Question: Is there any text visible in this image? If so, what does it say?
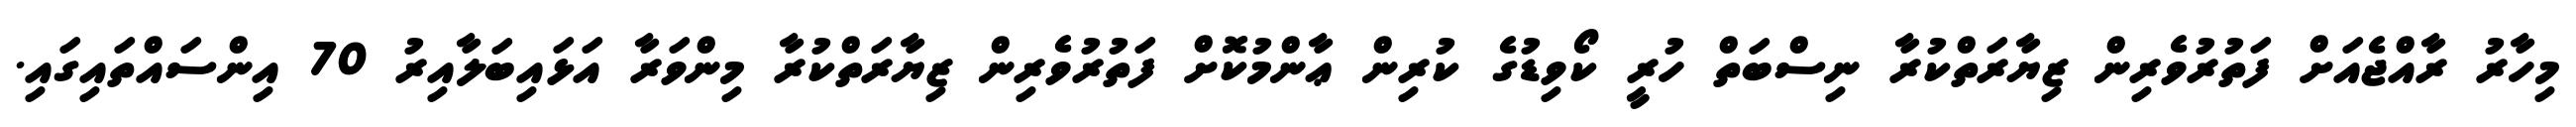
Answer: މިހާރު ރާއްޖެއަށް ފަތުރުވެރިން ޒިޔާރަތްކުރާ ނިސްބަތް ހުރީ ކޯވިޑުގެ ކުރިން ޢާންމުކޮށް ފަތުރުވެރިން ޒިޔާރަތްކުރާ މިންވަރާ އަޅައިބަލާއިރު 70 އިންސައްތައިގައި.